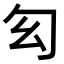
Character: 𠣎